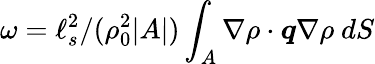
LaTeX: \omega={\ell_{s}^{2}}/{(\rho_{0}^{2}\vert A\vert)}\int_{A}\nabla\rho\cdot\boldsymbol{q}\nabla\rho~dS